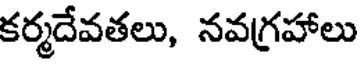
కర్మదేవతలు, నవగ్రహాలు